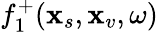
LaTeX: f_{1}^{+}(\textbf{x}_{s},\textbf{x}_{v},\omega)